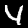
Digit: 4